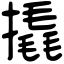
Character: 撬